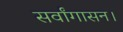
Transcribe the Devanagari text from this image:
सर्वांगासन।